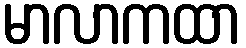
မာလာကထာ